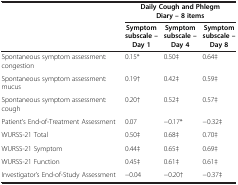
|  | <COLSPAN=3> Daily Cough and Phlegm Diary – 8 items |
 |  | Symptom subscale – Day 1 | Symptom subscale – Day 4 | Symptom subscale – Day 8 |
 | --- | --- | --- | --- |
 | Spontaneous symptom assessment: congestion | 0.15* | 0.50‡ | 0.64‡ |
 | Spontaneous symptom assessment: mucus | 0.19† | 0.42‡ | 0.59‡ |
 | Spontaneous symptom assessment: cough | 0.20† | 0.52‡ | 0.57‡ |
 | Patient’s End-of-Treatment Assessment | 0.07 | −0.17* | −0.32‡ |
 | WURSS-21 Total | 0.50‡ | 0.68‡ | 0.70‡ |
 | WURSS-21 Symptom | 0.44‡ | 0.65‡ | 0.69‡ |
 | WURSS-21 Function | 0.45‡ | 0.61‡ | 0.61‡ |
 | Investigator’s End-of-Study Assessment | −0.04 | −0.20† | −0.37‡ |